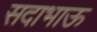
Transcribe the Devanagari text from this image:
सदाभाऊ